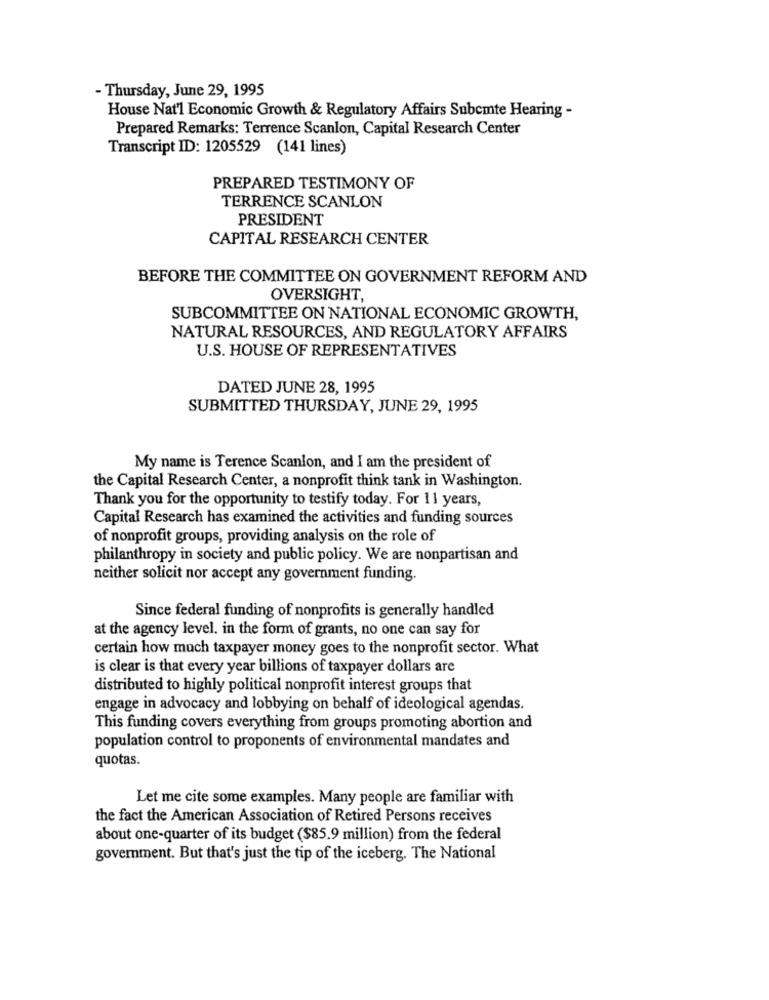
- Thursday, June 29, 1995
House Nat'l Economic Growth & Regulatory Affairs Subcmte Hearing -
Prepared Remarks: Terrence Scanlon, Capital Research Center
Transcript ID: 1205529 (141 lines)
PREPARED TESTIMONY OF
TERRENCE SCANLON
PRESIDENT
CAPITAL RESEARCH CENTER
BEFORE THE COMMITTEE ON GOVERNMENT REFORM AND
OVERSIGHT,
SUBCOMMITTEE ON NATIONAL ECONOMIC GROWTH,
NATURAL RESOURCES, AND REGULATORY AFFAIRS
U.S. HOUSE OF REPRESENTATIVES
DATED JUNE 28, 1995
SUBMITTED THURSDAY, JUNE 29, 1995
My name is Terence Scanlon, and I am the president of
the Capital Research Center, a nonprofit think tank in Washington.
Thank you for the opportunity to testify today. For 11 years,
Capital Research has examined the activities and funding sources
of nonprofit groups, providing analysis on the role of
philanthropy in society and public policy. We are nonpartisan and
neither solicit nor accept any government funding.
Since federal funding of nonprofits is generally handled
at the agency level. in the form of grants, no one can say for
certain how much taxpayer money goes to the nonprofit sector. What
is clear is that every year billions of taxpayer dollars are
distributed to highly political nonprofit interest groups that
engage in advocacy and lobbying on behalf of ideological agendas.
This funding covers everything from groups promoting abortion and
population control to proponents of environmental mandates and
quotas.
Let me cite some examples. Many people are familiar with
the fact the American Association of Retired Persons receives
about one-quarter of its budget ($85.9 million) from the federal
government. But that's just the tip of the iceberg. The National